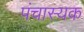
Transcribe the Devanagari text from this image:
पंचास्यक